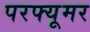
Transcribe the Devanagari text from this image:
परफ्यूमर